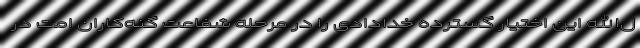
ل‌الله این اختیار گسترده خدادادی را در مرحله شفاعت گنه‌کاران امت در